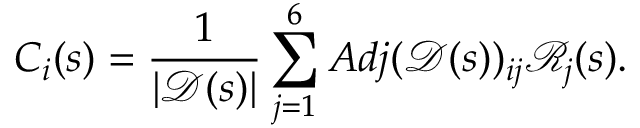
C _ { i } ( s ) = \frac { 1 } { | \mathscr { D } ( s ) | } \sum _ { j = 1 } ^ { 6 } A d j ( \mathscr { D } ( s ) ) _ { i j } \mathscr { R } _ { j } ( s ) .